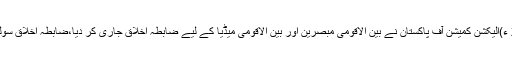
منگل 26 جون 2018 ء)الیکشن کمیشن آف پاکستان نے بین الاقومی مبصرین اور بین الاقومی میڈیا کے لیے ضابطہ اخلاق جاری کر دیا،ضابطہ اخلاق سولہ شقوں پر مشتمل ہے۔